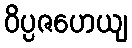
ဝိပ္ပဇဟေယျ